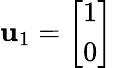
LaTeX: \mathbf{u}_{1}={\left[\begin{array}{l}{1}\\ {0}\end{array}\right]}